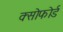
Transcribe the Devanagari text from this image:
क्सोफोर्ड